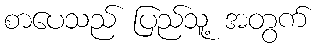
စာပေသည် ပြည်သူ့ အတွက်